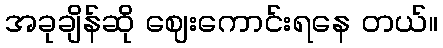
အခုချိန်ဆို ဈေးကောင်းရနေ တယ်။